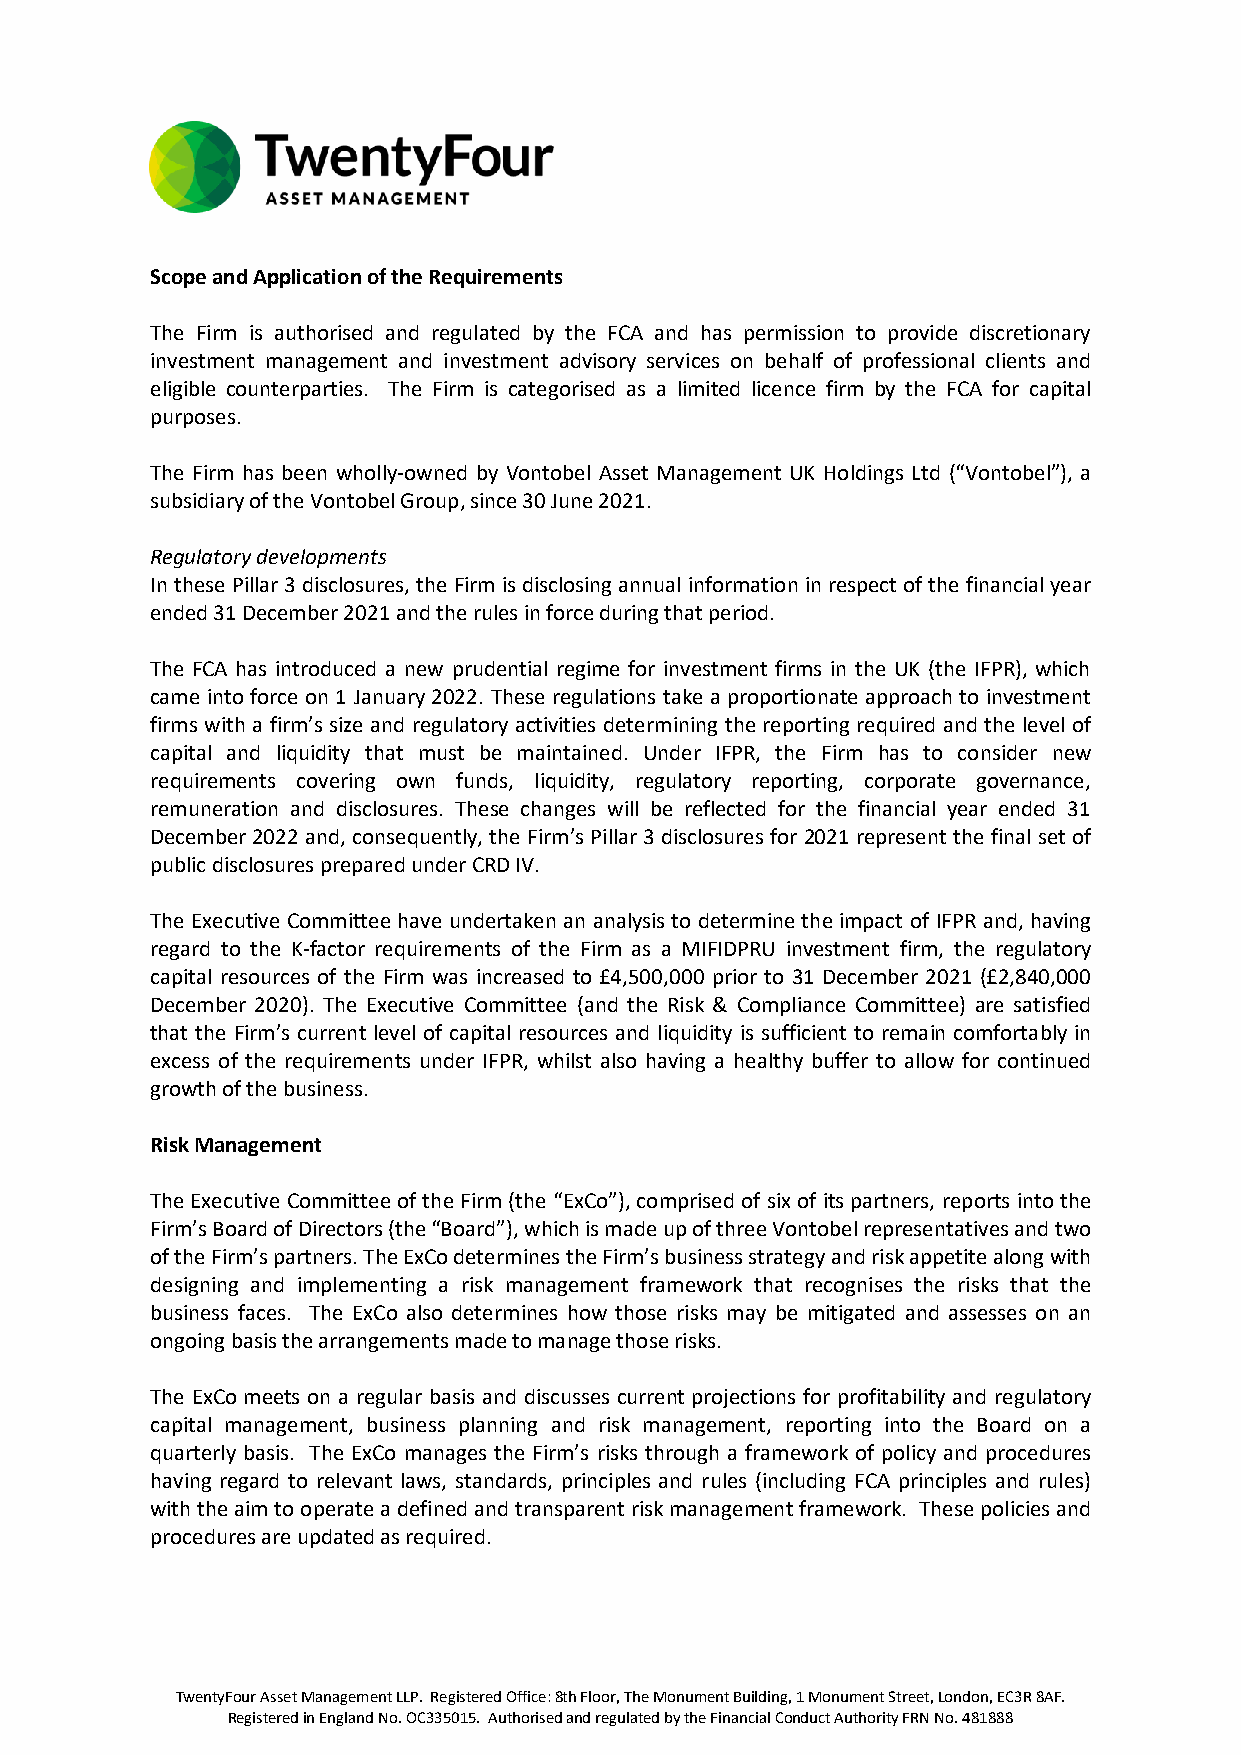
Scope and Application of the Requirements
 The Firm is authorised and regulated by the FCA and has permission to provide discretionary
 investment management and investment advisory services on behalf of professional clients and
 eligible counterparties. The Firm is categorised as a limited licence firm by the FCA for capital
 purposes.
 The Firm has been wholly-owned by Vontobel Asset Management UK Holdings Ltd (“Vontobel”), a
 subsidiary of the Vontobel Group, since 30 June 2021.
 Regulatory developments
 In these Pillar 3 disclosures, the Firm is disclosing annual information in respect of the financial year
 ended 31 December 2021 and the rules in force during that period.
 The FCA has introduced a new prudential regime for investment firms in the UK (the IFPR), which
 came into force on 1 January 2022. These regulations take a proportionate approach to investment
 firms with a firm’s size and regulatory activities determining the reporting required and the level of
 capital and liquidity that must be maintained. Under IFPR, the Firm has to consider new
 requirements covering own funds, liquidity, regulatory reporting, corporate governance,
 remuneration and disclosures. These changes will be reflected for the financial year ended 31
 December 2022 and, consequently, the Firm’s Pillar 3 disclosures for 2021 represent the final set of
 public disclosures prepared under CRD IV.
 The Executive Committee have undertaken an analysis to determine the impact of IFPR and, having
 regard to the K-factor requirements of the Firm as a MIFIDPRU investment firm, the regulatory
 capital resources of the Firm was increased to £4,500,000 prior to 31 December 2021 (£2,840,000
 December 2020). The Executive Committee (and the Risk & Compliance Committee) are satisfied
 that the Firm’s current level of capital resources and liquidity is sufficient to remain comfortably in
 excess of the requirements under IFPR, whilst also having a healthy buffer to allow for continued
 growth of the business.
 Risk Management
 The Executive Committee of the Firm (the “ExCo”), comprised of six of its partners, reports into the
 Firm’s Board of Directors (the “Board”), which is made up of three Vontobel representatives and two
 of the Firm’s partners. The ExCo determines the Firm’s business strategy and risk appetite along with
 designing and implementing a risk management framework that recognises the risks that the
 business faces. The ExCo also determines how those risks may be mitigated and assesses on an
 ongoing basis the arrangements made to manage those risks.
 The ExCo meets on a regular basis and discusses current projections for profitability and regulatory
 capital management, business planning and risk management, reporting into the Board on a
 quarterly basis. The ExCo manages the Firm’s risks through a framework of policy and procedures
 having regard to relevant laws, standards, principles and rules (including FCA principles and rules)
 with the aim to operate a defined and transparent risk management framework. These policies and
 procedures are updated as required.
 TwentyFour Asset Management LLP. Registered Office: 8th Floor, The Monument Building, 1 Monument Street, London, EC3R 8AF.
 Registered in England No. OC335015. Authorised and regulated by the Financial Conduct Authority FRN No. 481888